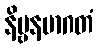
နိဗ္ဗနမာဂတံ